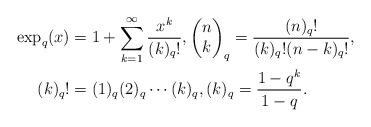
LaTeX: \begin{align*} \exp_{q}(x)& =1+\sum_{k=1}^{\infty} \frac{x^{k}}{(k)_{q} ! },\begin{pmatrix}n \\ k\end{pmatrix}_{q}= \frac{(n)_{q}!}{(k)_{q}! (n-k)_{q}! },\\(k)_{q}! & =(1)_{q}(2)_{q} \cdots (k)_{q} ,(k)_{q}=\frac{1-q^{k}}{1-q}. \end{align*}